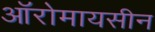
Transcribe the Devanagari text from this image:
ऑरोमायसीन